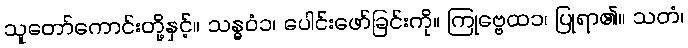
သူတော်ကောင်းတို့နှင့်။ သန္ဓဝံ၁၊ ပေါင်းဖော်ခြင်းကို။ ကြုဗ္ဗေထ၁၊ ပြုရာ၏။ သတံ၊